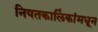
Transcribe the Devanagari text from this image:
नियतकालिंकांमधून